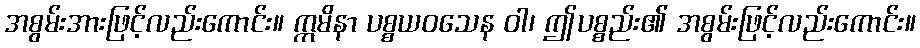
အစွမ်းအားဖြင့်လည်းကောင်း။ ဣမိနာ ပစ္စယဝသေန ဝါ၊ ဤပစ္စည်း၏ အစွမ်းဖြင့်လည်းကောင်း။